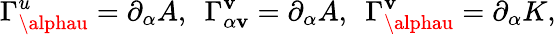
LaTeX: \Gamma_{\alphau}^{u}=\partial_{\alpha}A,~~\Gamma_{\alpha\mathbf{v}}^{\mathbf{v}}=\partial_{\alpha}A,~~\Gamma_{\alphau}^{\mathbf{v}}=\partial_{\alpha}K,